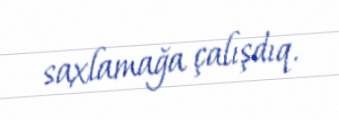
saxlamağa çalışdıq.